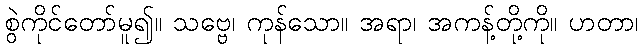
စွဲကိုင်တော်မူ၍။ သဗ္ဗေ၊ ကုန်သော။ အရာ၊ အကန့်တို့ကို။ ဟတာ၊